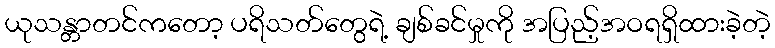
ယုသန္တာတင်ကတော့ ပရိသတ်တွေရဲ့ ချစ်ခင်မှုကို အပြည့်အဝရရှိထားခဲ့တဲ့